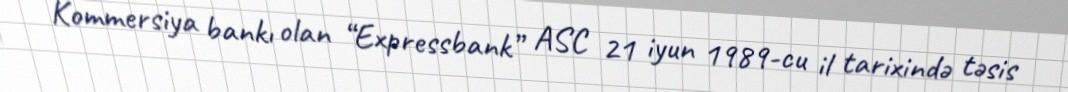
Kommersiya bankı olan “Expressbank” ASC 21 iyun 1989-cu il tarixində təsis